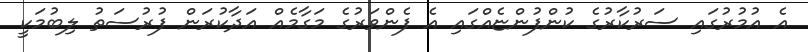
އެ އުމުރުގައި ސަރުކާރުގެ ކުންފުންޏެއްގައި އެ ފެންވަރުގެ މަގާމެއް އަދާކުރަން ފުރުސަތު ލިބުމަކީ